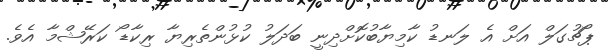
ޕޯޗުގަލް އަށް އެ ލަނޑު ކާމިޔާބުކޮށްދިނީ ބަދަލު ކުޅުންތެރިޔާ ރިކާޑޯ ކަރޭޝްމާ އެވެ.